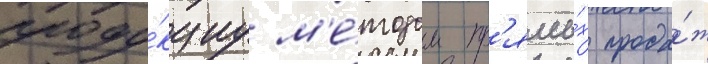
проду́кциу м'е́тодом пр'ямы́х прода́ж